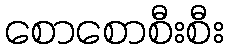
စောစောစီးစီး